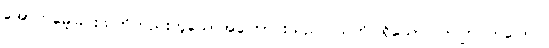
အောက်မေ့ခြင်းသတိတည်းဟူသောအကြောင်းသည်။ သတိ၊ ရှိသော်။ တတြ တတြေဝ၊